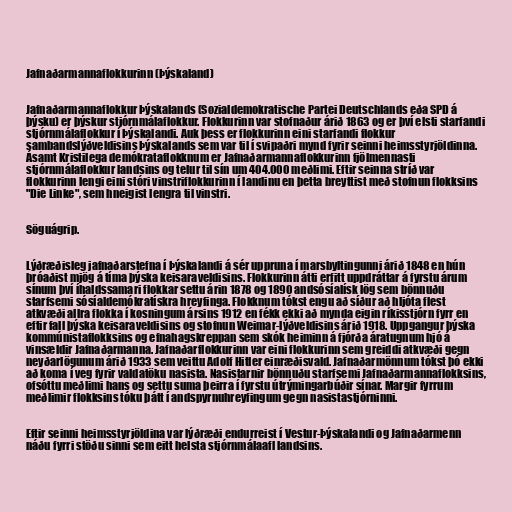
Jafnaðarmannaflokkurinn (Þýskaland)

Jafnaðarmannaflokkur Þýskalands (Sozialdemokratische Partei Deutschlands eða SPD á
þýsku) er þýskur stjórnmálaflokkur. Flokkurinn var stofnaður árið 1863 og er því elsti starfandi
stjórnmálaflokkur í Þýskalandi. Auk þess er flokkurinn eini starfandi flokkur
sambandslýðveldisins Þýskalands sem var til í svipaðri mynd fyrir seinni heimsstyrjöldinna.
Ásamt Kristilega demókrataflokknum er Jafnaðarmannaflokkurinn fjölmennasti
stjórnmálaflokkur landsins og telur til sín um 404.000 meðlimi. Eftir seinna stríð var
flokkurinn lengi eini stóri vinstriflokkurinn í landinu en þetta breyttist með stofnun flokksins
"Die Linke", sem hneigist lengra til vinstri.

Söguágrip.

Lýðræðisleg jafnaðarstefna í Þýskalandi á sér uppruna í marsbyltingunni árið 1848 en hún
þróaðist mjög á tíma þýska keisaraveldisins. Flokkurinn átti erfitt uppdráttar á fyrstu árum
sínum því íhaldssamari flokkar settu árin 1878 og 1890 andsósíalísk lög sem bönnuðu
starfsemi sósíaldemókratískra hreyfinga. Flokknum tókst engu að síður að hljóta flest
atkvæði allra flokka í kosningum ársins 1912 en fékk ekki að mynda eigin ríkisstjórn fyrr en
eftir fall þýska keisaraveldisins og stofnun Weimar-lýðveldisins árið 1918. Uppgangur þýska
kommúnistaflokksins og efnahagskreppan sem skók heiminn á fjórða áratugnum hjó á
vinsældir Jafnaðarmanna. Jafnaðarflokkurinn var eini flokkurinn sem greiddi atkvæði gegn
neyðarlögunum árið 1933 sem veittu Adolf Hitler einræðisvald. Jafnaðarmönnum tókst þó ekki
að koma í veg fyrir valdatöku nasista. Nasistarnir bönnuðu starfsemi Jafnaðarmannaflokksins,
ofsóttu meðlimi hans og settu suma þeirra í fyrstu útrýmingarbúðir sínar. Margir fyrrum
meðlimir flokksins tóku þátt í andspyrnuhreyfingum gegn nasistastjórninni.

Eftir seinni heimsstyrjöldina var lýðræði endurreist í Vestur-Þýskalandi og Jafnaðarmenn
náðu fyrri stöðu sinni sem eitt helsta stjórnmálaafl landsins.